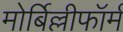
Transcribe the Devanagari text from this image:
मोर्बिल्लीफॉर्म